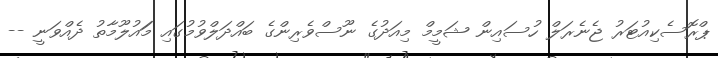
ޕްރޮސެކިއުޓަރު ޖެނެރަލް ހުސައިން ޝަމީމް މިއަދުގެ ނޫސްވެރިންގެ ބައްދަލްވުމުގައި މަައުލޫމާތު ދެއްވަނީ --